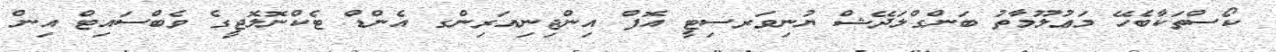
ކޯސްތަކާބެހޭ މަޢުލޫމާތު ބަންގްލަދޭޝް ޔުނިވަރސިޓީ އޮފް އިންޖިނިއަރިންގ އެންޑް ޓެކްނޮލޮޖީގެ ވެބްސައިޓް އިން